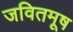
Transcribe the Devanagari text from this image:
जवितमूष